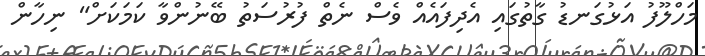
މަހްލޫފު އަޅުގަނޑު ގާތުގައި އެދިފައެއް ވެސް ނެތް ފުރުސަތު ބޭނުންވާ ކަމަކަށް" ނިހާން